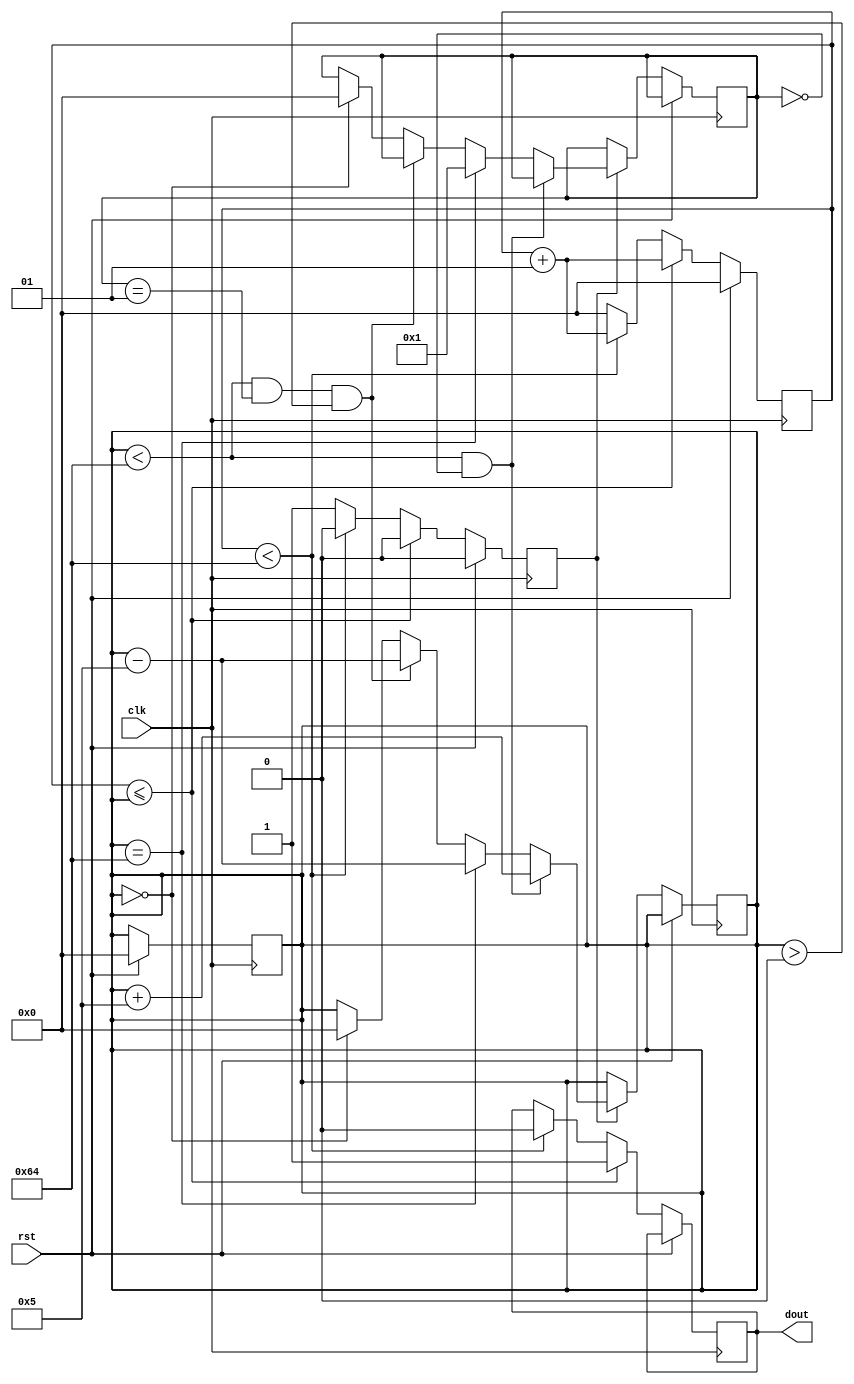
`timescale 1ns / 1ps
//////////////////////////////////////////////////////////////////////////////////
// Company: 
// Engineer: 
// 
// Design Name: 
// Module Name: pwm
// Project Name: 
// Target Devices: 
// Tool Versions: 
// Description: 
// 
// Dependencies: 
// 
// Revision:
// Revision 0.01 - File Created
// Additional Comments:
// 
//////////////////////////////////////////////////////////////////////////////////


module pwm(
    input clk,
    input rst,
    output reg  dout
    );
    
    integer ton=0;
    parameter pos=0;
    parameter neg=1;
    integer flag=pos;
    parameter period=100;
    integer count=0;
    reg ncycle=1'b0;
    always@(posedge clk)
    begin
        if(rst==1'b1)
               begin
               count<=0;
               ton<=1'b0;
               ncycle<=1'b0;
               end
        else
               begin
               if(count<=ton)
                     begin
                     count<=count+1;
                     ncycle<=1'b0;
                     dout<=1'b1;
                     end
               else if(count<period)
                     begin
                     count<=count+1;
                     dout<=1'b0;
                     ncycle<=1'b0;
                     end
               else
                      begin
                      ncycle<=1'b1;
                      count<=0;
                      end
               end  
          end
          
         always@(posedge clk)
         begin
         if(rst==1'b0)
         begin
            if(ncycle==1'b1)
                begin
                    if(ton<period && flag==pos )
                        ton<=ton+5;
                    else if(ton==period)
                        begin
                        ton<=ton-5;
                        flag<=neg;
                        end
                    else if(ton<period &&flag==neg && ton>0)
                        begin
                        ton<=ton-5;
                        end
                    else if(ton==0)
                    begin
                        ton<=0;
                        flag<=pos;
                        end
                end
         end   
         end              
endmodule